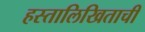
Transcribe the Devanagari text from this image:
हस्तालिखिताची